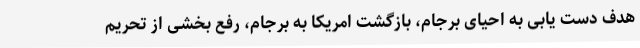
هدف دست یابی به احیای برجام، بازگشت امریکا به برجام، رفع بخشی از تحریم